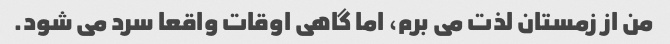
من از زمستان لذت می برم، اما گاهی اوقات واقعا سرد می شود.